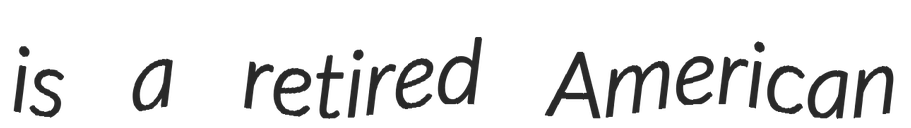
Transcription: is a retired American